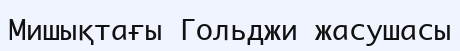
Мишықтағы Гольджи жасушасы